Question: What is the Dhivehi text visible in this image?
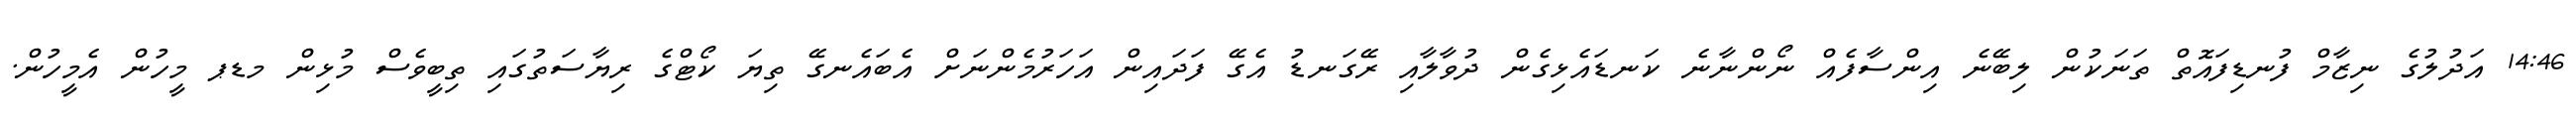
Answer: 14:46 އަދުލުގެ ނިޒާމް ފުނޑިފައޮތް ތަނަކުން ލިބޭނެ އިންސާފެއް ނޯންނާނެ ކަނޑައެޅިގެން ދުވާލާއި ރޭގަނޑު އެގޭ ފަދައިން އަހަރުމެންނަށް އެބައެނގޭ ތިޔަ ކޯޓްގެ ރިޔާސަތުގައި ތިބީވެސް މުޅިން މޑޕ މީހުން އެމީހުން.